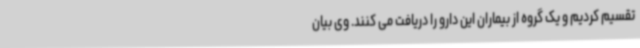
تقسیم کردیم و یک گروه از بیماران این دارو را دریافت می کنند. وی بیان